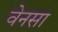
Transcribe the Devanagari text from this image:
वेनसा